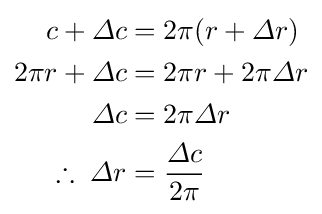
{\begin{aligned}c+\varDelta c&=2\pi (r+\varDelta r)\\2\pi r+\varDelta c&=2\pi r+2\pi \varDelta r\\\varDelta c&=2\pi \varDelta r\\\therefore \;\varDelta r&={\frac {\varDelta c}{2\pi }}\end{aligned}}